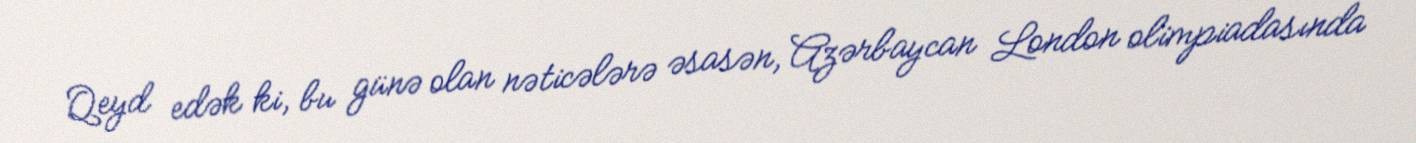
Qeyd edək ki, bu günə olan nəticələrə əsasən, Azərbaycan London olimpiadasında